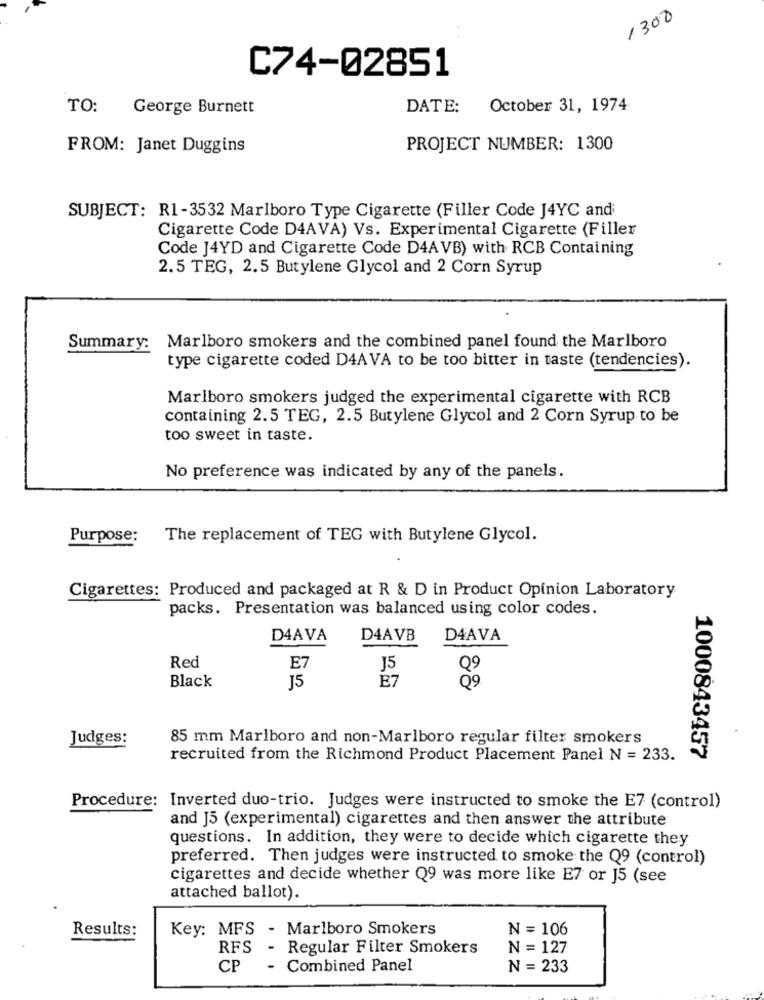
1300
C74-02851
TO:
George Burnett
DATE:
October 31, 1974
FROM: Janet Duggins
PROJECT NUMBER: 1300
SUBJECT: R1-3532 Marlboro Type Cigarette (Filler Code J4YC and
Cigarette Code D4AVA) Vs. Experimental Cigarette (Filler
Code J4YD and Cigarette Code D4AVB) with RCB Containing
2.5 TEG, 2.5 Butylene Glycol and 2 Corn Syrup
Summary:
Marlboro smokers and the combined panel found the Marlboro
type cigarette coded D4A VA to be too bitter in taste (tendencies).
Marlboro smokers judged the experimental cigarette with RCB
containing 2.5 TEG, 2.5 Butylene Glycol and 2 Corn Syrup to be
too sweet in taste.
No preference was indicated by any of the panels.
Purpose:
The replacement of TEG with Butylene Glycol.
Cigarettes: Produced and packaged at R & D in Product Opinion Laboratory
packs. Presentation was balanced using color codes.
D4AVA
D4AVB
D4AVA
Red
E7
J5
B7
Black
15
88
Judges:
85 mm Marlboro and non-Marlboro regular filter smokers
recruited from the Richmond Product Placement Panel N = 233.
1000843457
Procedure: Inverted duo-trio. Judges were instructed to smoke the E7 (control)
and J5 (experimental) cigarettes and then answer the attribute
questions. In addition, they were to decide which cigarette they
preferred. Then judges were instructed to smoke the Q9 (control)
cigarettes and decide whether Q9 was more like E7 or J5 (see
attached ballot).
Results:
Key: MFS - Marlboro Smokers
N = 106
RFS -
Regular Filter Smokers
N = 127
CP
- Combined Panel
N = 233